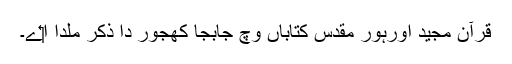
قرآن مجید اورہور مقدس کتاباں وچ جابجا کھجور دا ذکر ملدا ا‏‏ے۔